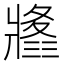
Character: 𤖚